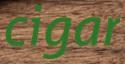
cigar